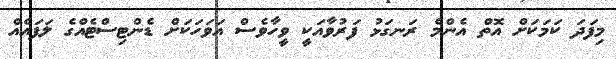
މިފަދަ ކަމަކަށް އޮތް އެންމެ ރަނގަޅު ފަރުވާއަކީ ވީހާވެސް އަވަހަކަށް ޑެންޓިސްޓެއްގެ ލަފައެއް